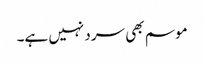
موسم بھی سرد نہیں ہے۔